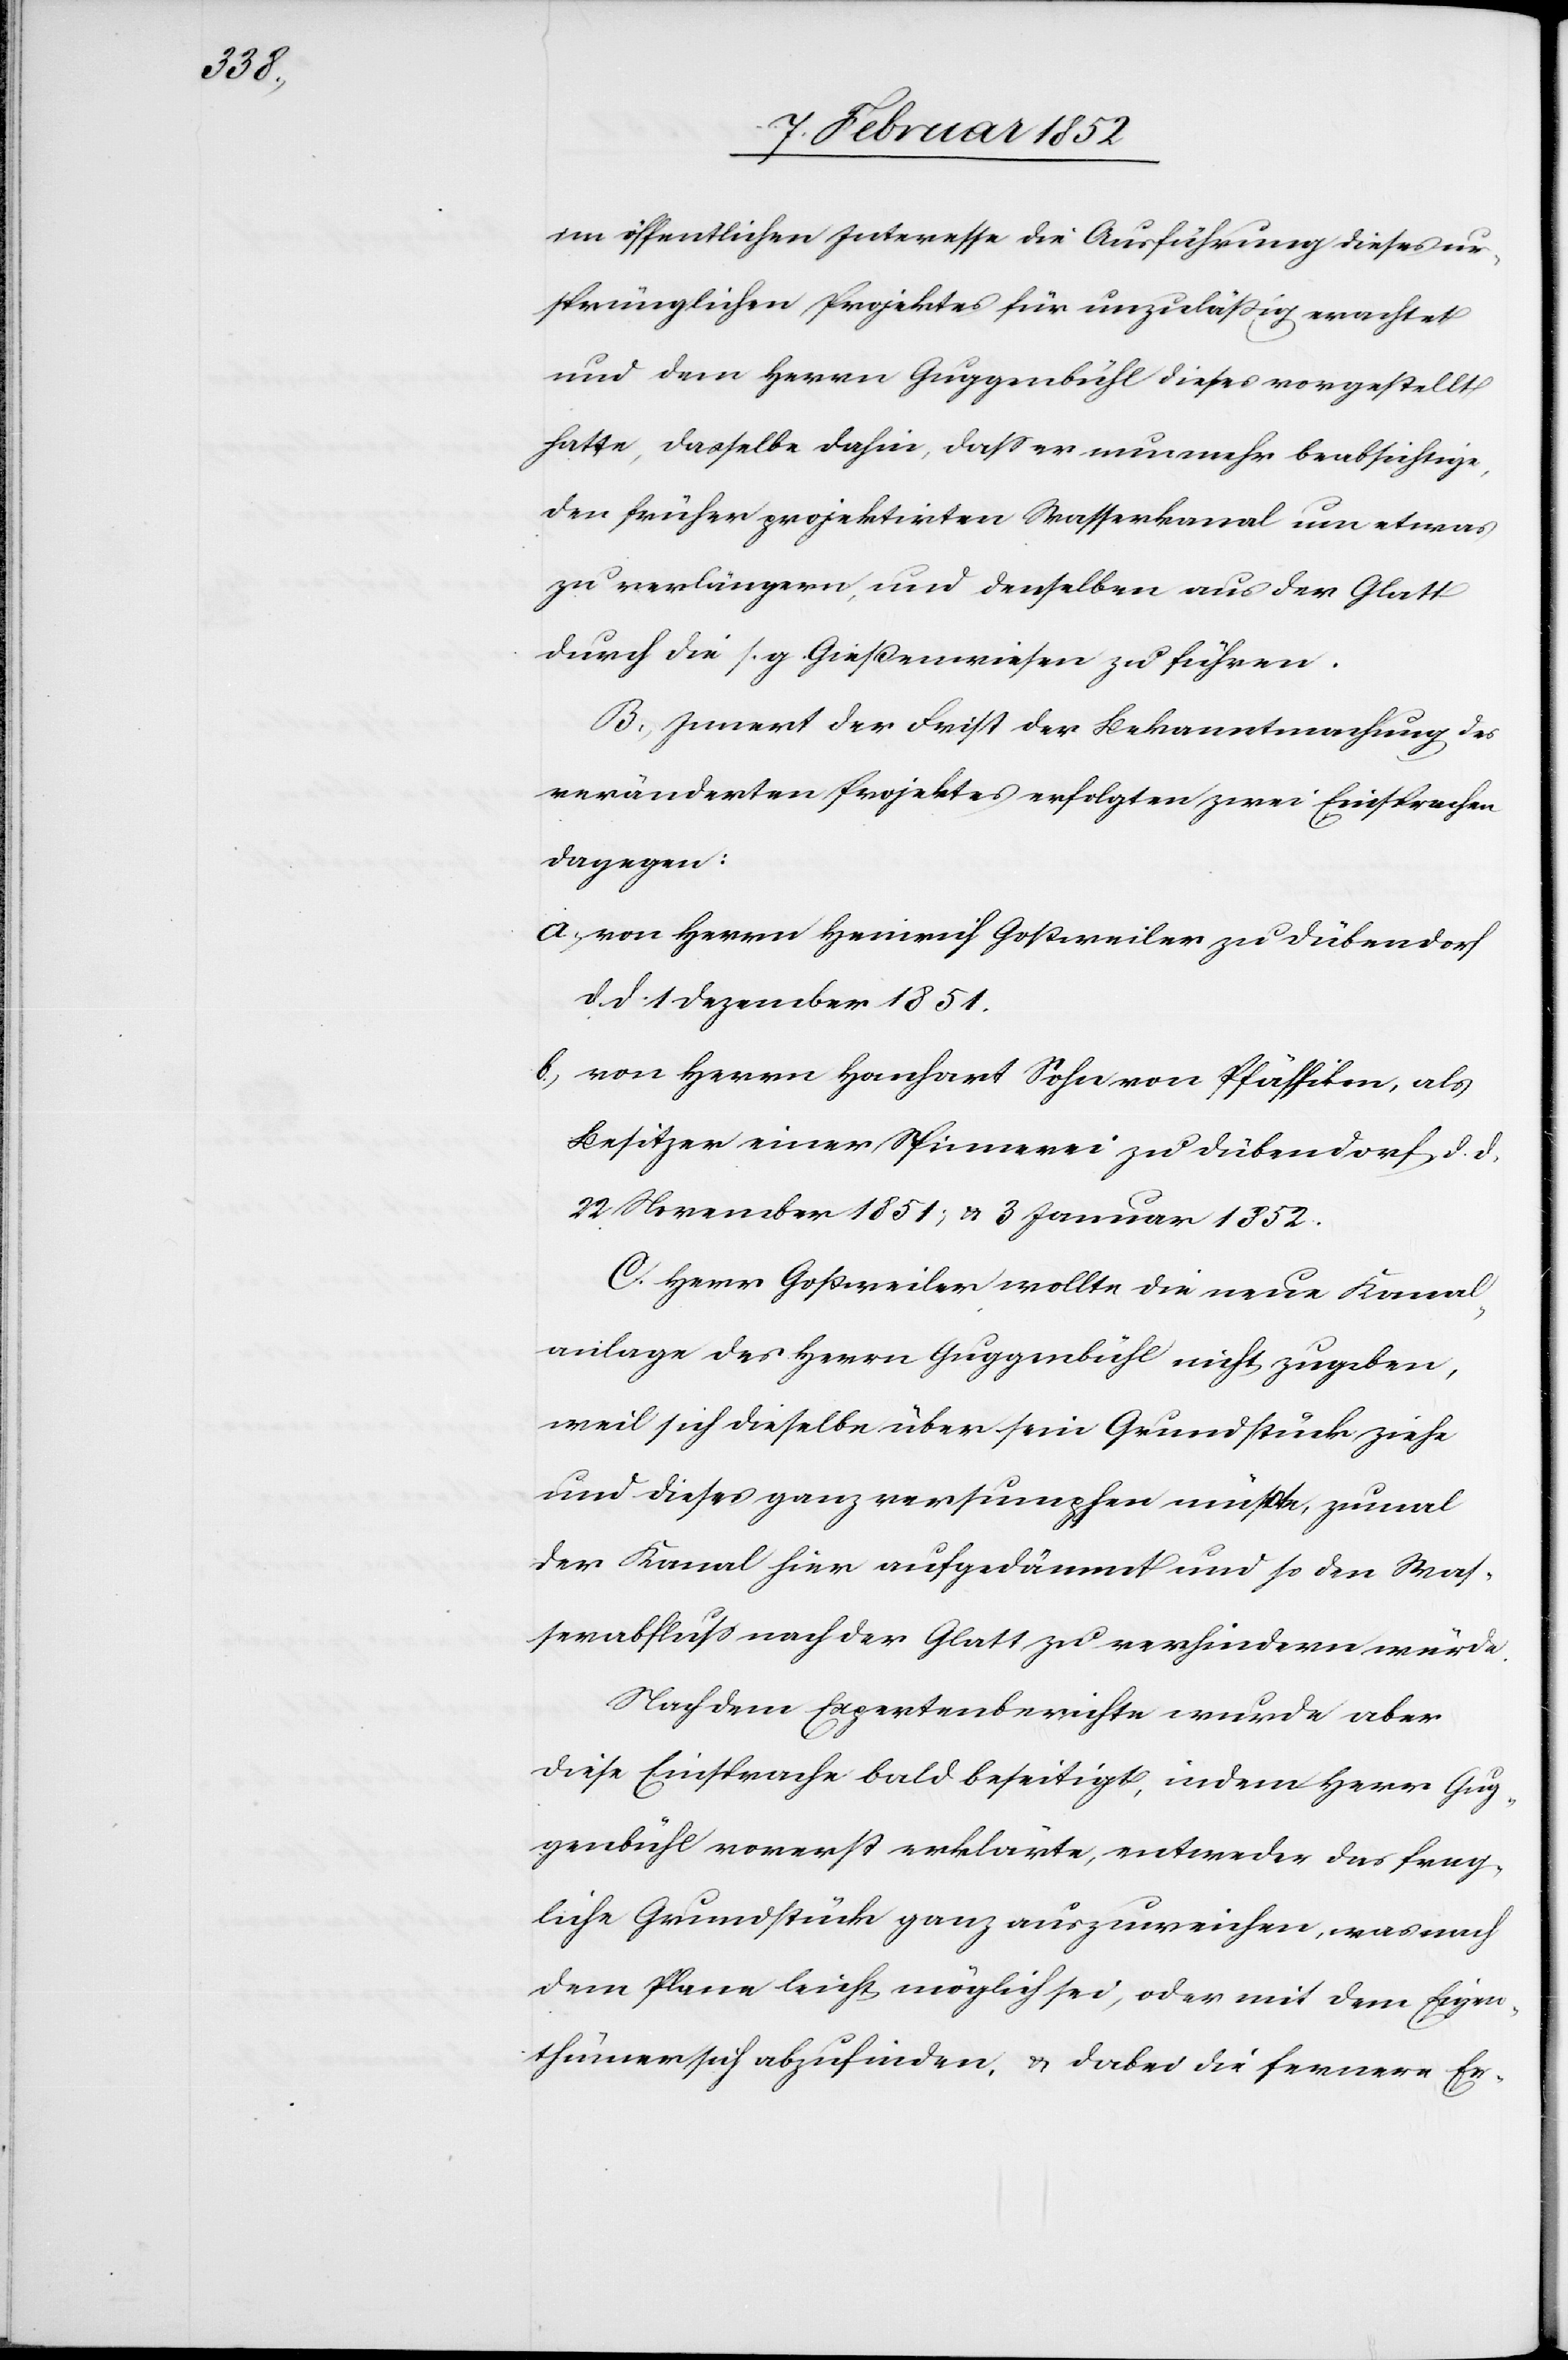
un¬

im öffentlichen Interesse die Ausführung dieses ur¬
sprünglichen Projektes für unzuläßig erachtet
und dem Herrn Guggenbühl dieses vorgestellt
hatte, dasselbe dahin, daß er nunmehr beabsichtige,
den früher projektirten Wasserkanal um etwas
zu verlängern, und denselben aus der Glatt
durch die s. g. Gießenwiesen zu führen.
B.) Innert der Frist der Bekanntmachung des
veränderten Projektes erfolgten zwei Einsprachen
dagegen:
a.) von Herrn Heinrich Goßweiler zu Dübendorf
dd 1 Dezember 1851.
b) von Herrn Hanhart Sohn von Pfäffikon, als
Besitzer einer Spinnerei zu Dübendorf, d. d.
22 November 1851; u. 3 Januar 1852.
C. Herr Goßweiler wollte die neue Kanal¬
anlage des Herrn Guggenbühl nicht zugeben,
weil sich dieselbe über sein Grundstück ziehe
und dieses ganz versumpfen müßte, zumal
der Kanal hier aufgedämmt und so den Was¬
serabfluß nach der Glatt zu verhindern würde.
Nach dem Expertenberichte wurde aber
diese Einsprache bald beseitigt, indem Herr Gug¬
genbühl vorerst erklärte, entweder dem frag¬
liche Grundstück ganz auszuweichen, was nach
dem Plane leicht möglich sei, oder mit dem Eigen¬
thümer sich abzufinden, u. dabei die fernere Er-